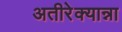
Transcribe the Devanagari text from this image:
अतीरेक्यान्ना